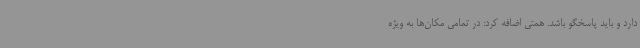
دارد و باید پاسخگو باشد. همتی اضافه کرد: در تمامی مکان‌ها به ویژه